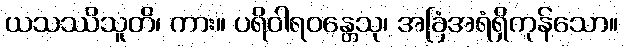
ယသဿိသူတိ၊ ကား။ ပရိဝါရဝန္တေသု၊ အခြံအရံရှိကုန်သော။